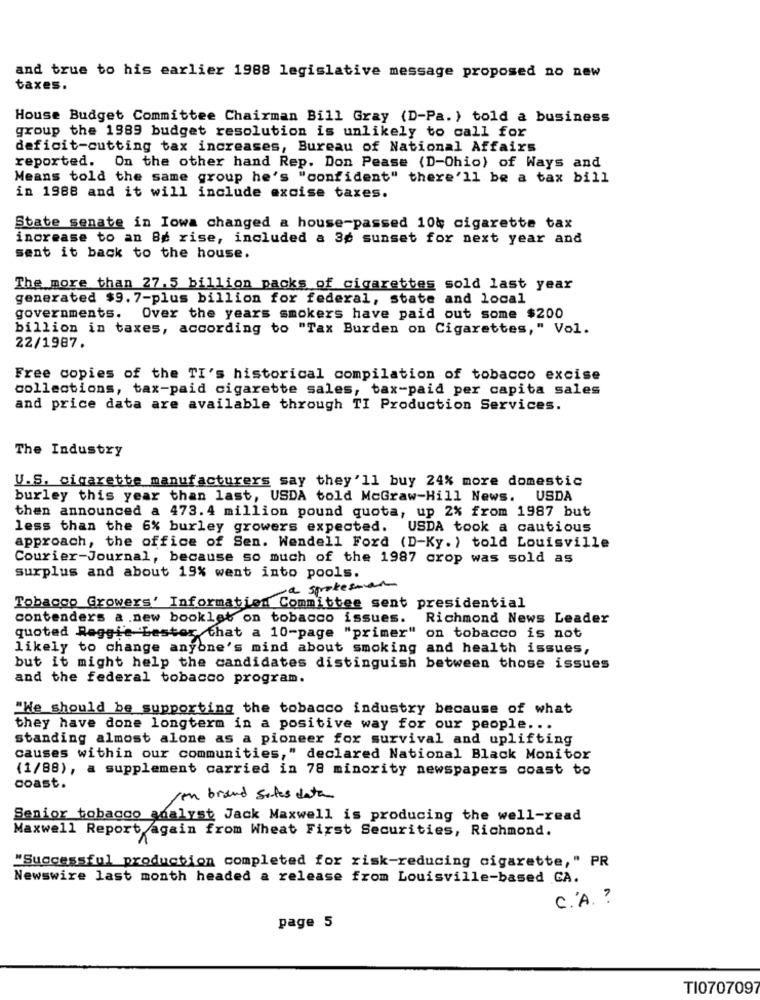
and true to his earlier 1988 legislative message proposed no new
taxes.
House Budget Committee Chairman Bill Gray (D-Pa. ) told a business
group the 1989 budget resolution is unlikely to call for
deficit-cutting tax increases, Bureau of National Affairs
reported. On the other hand Rep. Don Pease (D-Ohio) of Ways and
Means told the same group he's "confident" there'll be a tax bill
in 1988 and it will include excise taxes.
State senate in Iowa changed a house-passed 104 cigarette tax
increase to an 84 rise, included a 3c sunset for next year and
sent it back to the house.
The more than 27.5 billion packs of cigarettes sold last year
generated $9. 7-plus billion for federal, state and local
governments. Over the years smokers have paid out some $200
billion in taxes, according to "Tax Burden on Cigarettes," Vol.
22/1987.
Free copies of the TI's historical compilation of tobacco excise
collections, tax-paid cigarette sales, tax-paid per capita sales
and price data are available through TI Production Services.
The Industry
U.S. cigarette manufacturers say they'll buy 24% more domestic
burley this year than last, USDA told McGraw-Hill News. USDA
then announced a 473. 4 million pound quota, up 2% from 1987 but
less than the 6% burley growers expected. USDA took a cautious
approach, the office of Sen. Wendell Ford (D-Ky.) told Louisville
Courier-Journal, because so much of the 1987 crop was sold as
surplus and about 19% went into pools.
a spokesman
Tobacco Growers' Information Committee sent presidential
contenders a .new booklet on tobacco issues. Richmond News Leader
quoted Raggi'e bester that a 10-page "primer" on tobacco is not
likely to change anyone's mind about smoking and health issues,
but it might help the candidates distinguish between those issues
and the federal tobacco program.
"We should be supporting the tobacco industry because of what
they have done longterm in a positive way for our people ...
standing almost alone as a pioneer for survival and uplifting
causes within our communities," declared National Black Monitor
(1/88), a supplement carried in 78 minority newspapers coast to
coast.
/en brand sales data
Senior tobacco analyst Jack Maxwell is producing the well-read
Maxwell Report again from Wheat First Securities, Richmond,
"Successful production completed for risk-reducing cigarette," PR
Newswire last month headed a release from Louisville-based CA.
C.A. ?
page 5
TI070709